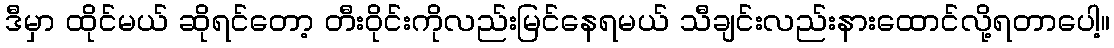
ဒီမှာ ထိုင်မယ် ဆိုရင်တော့ တီးဝိုင်းကိုလည်းမြင်နေရမယ် သီချင်းလည်းနားထောင်လို့ရတာပေါ့။